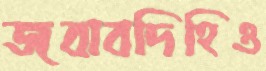
জবাবদিহিও